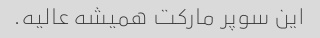
این سوپر مارکت همیشه عالیه.